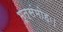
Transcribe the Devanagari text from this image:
भूत्संमोहः।